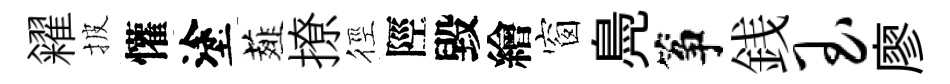
糴披懽塗薤撩徑陘毀繪窗鳧筝銭玉廖